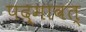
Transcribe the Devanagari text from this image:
पद्मावत्